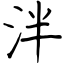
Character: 泮